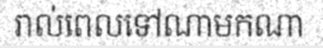
រាល់ពេលទៅណាមកណា